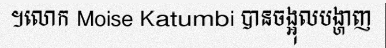
។លោក Moise Katumbi បានចង្អុលបង្ហាញ